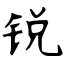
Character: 锐